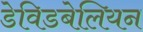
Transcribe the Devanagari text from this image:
डेविडबेलियन